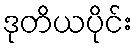
ဒုတိယပိုင်း